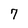
Character: 7